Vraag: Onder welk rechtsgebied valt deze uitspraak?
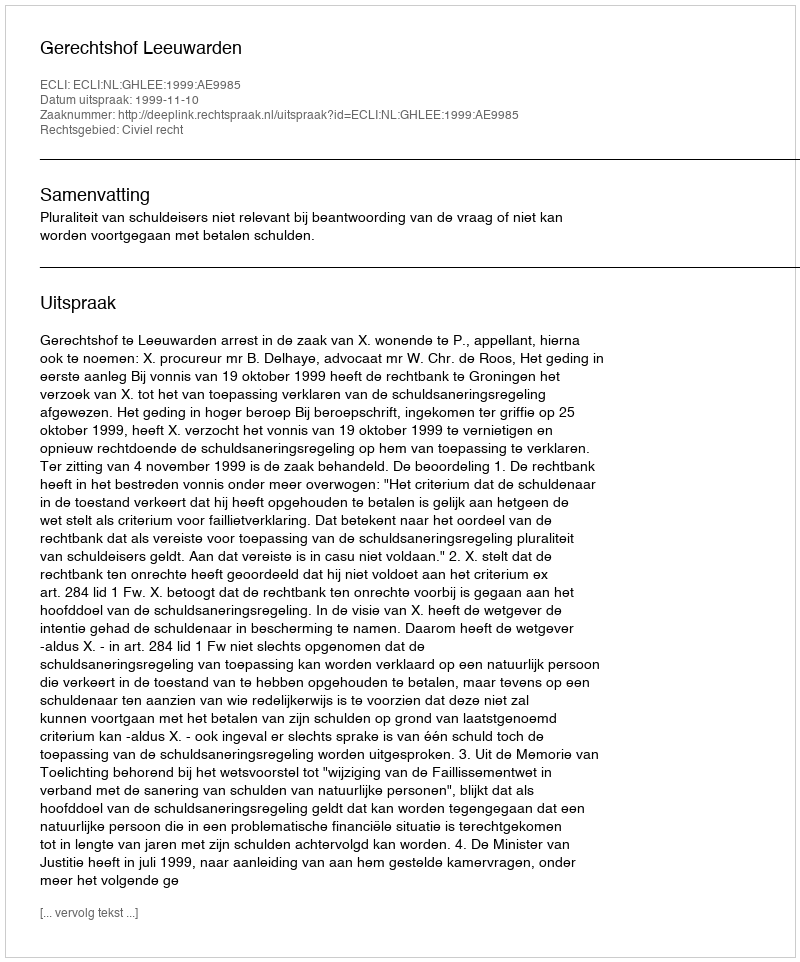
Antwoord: Civiel recht